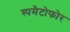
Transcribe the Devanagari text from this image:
स्पमैटोफोर